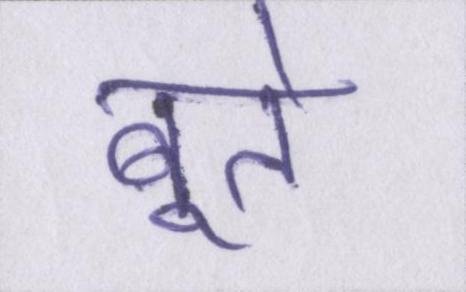
बूते